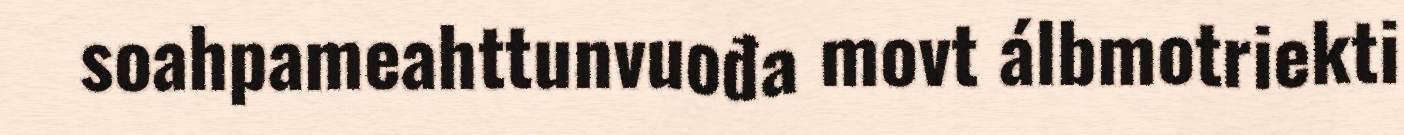
soahpameahttunvuođa movt álbmotriekti